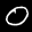
Label: 0